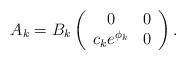
LaTeX: \begin{align*} A_k=B_k \left( \begin{array}{cc} 0 & 0 \\ c_k e^{\phi_k} & 0 \end{array} \right). \end{align*}